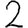
Digit: 2